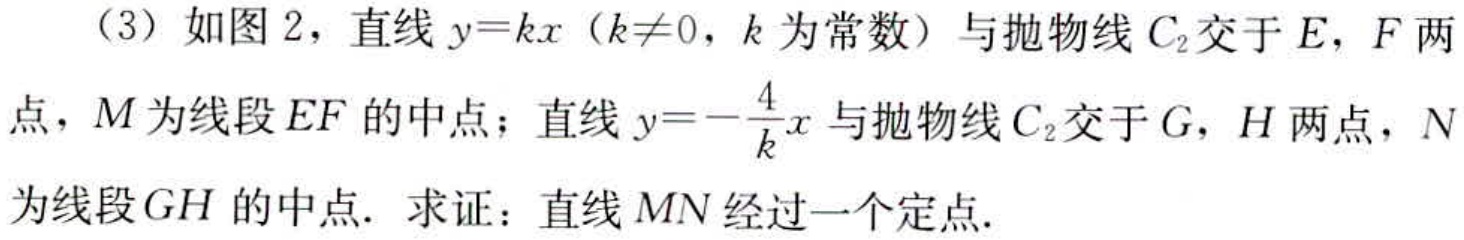
（3）如图2，直线\(y = kx\)（\(k\neq0\)，\(k\)为常数）与抛物线\(C_{2}\)交于\(E\)，\(F\)两点，\(M\)为线段\(EF\)的中点；直线\(y = -\frac{4}{k}x\)与抛物线\(C_{2}\)交于\(G\)，\(H\)两点，\(N\)为线段\(GH\)的中点. 求证：直线\(MN\)经过一个定点.